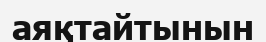
аяқтайтынын